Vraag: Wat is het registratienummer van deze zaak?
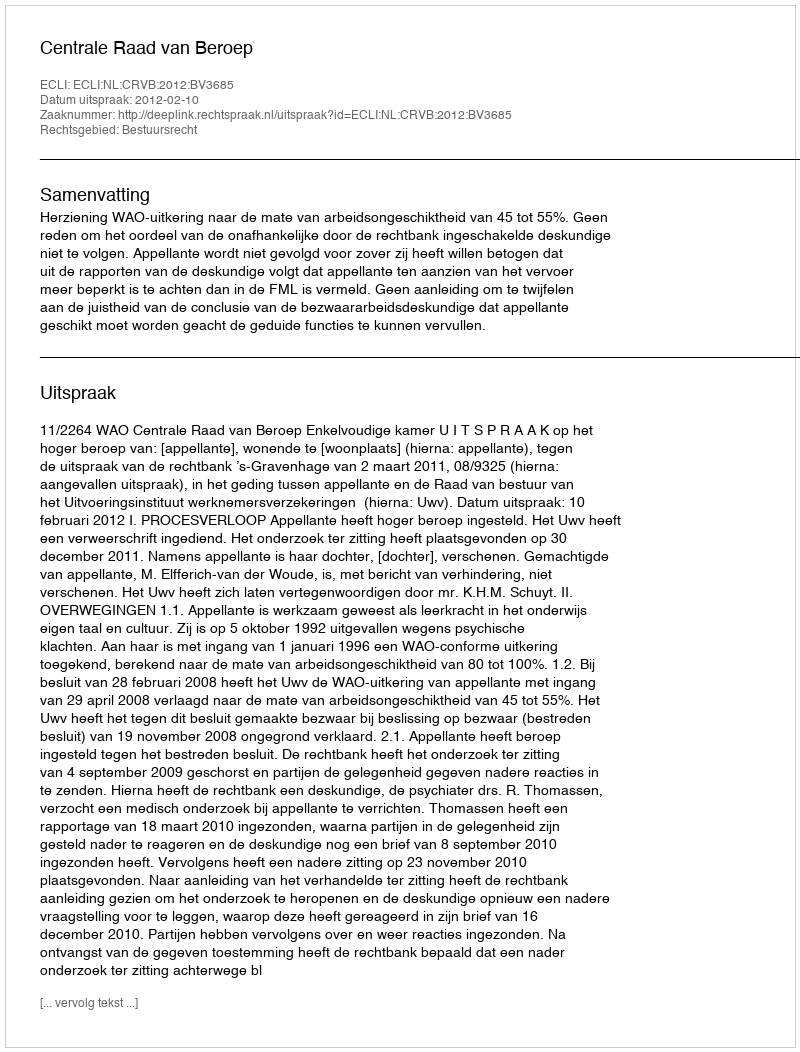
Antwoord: http://deeplink.rechtspraak.nl/uitspraak?id=ECLI:NL:CRVB:2012:BV3685